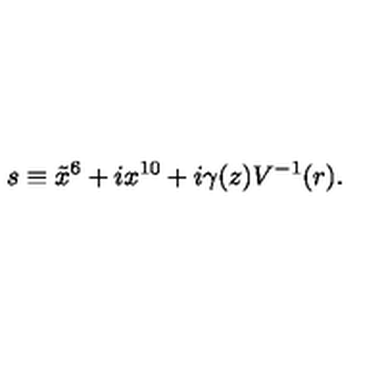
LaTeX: s \equiv \tilde { x } ^ { 6 } + i x ^ { 1 0 } + i \gamma ( z ) V ^ { - 1 } ( r ) .